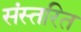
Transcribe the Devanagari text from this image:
संस्तरित